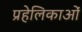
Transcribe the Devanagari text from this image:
प्रहेलिकाओं